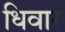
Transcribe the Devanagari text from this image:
धिवार